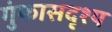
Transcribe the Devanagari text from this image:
गुंफासदृश्य